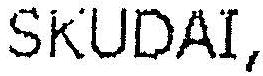
SKUDAI,